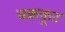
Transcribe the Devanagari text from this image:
चक्रकूट